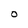
Character: O